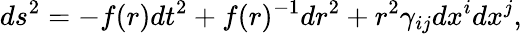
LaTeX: ds^{2}=-f(r)dt^{2}+f(r)^{-1}dr^{2}+r^{2}\gamma_{ij}dx^{i}dx^{j},